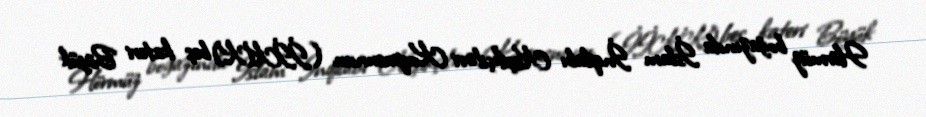
Hörmüz boğazında İslam İnqilabı Keşikçiləri Korpusunun (İİKK) beş kateri Böyük